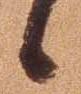
候